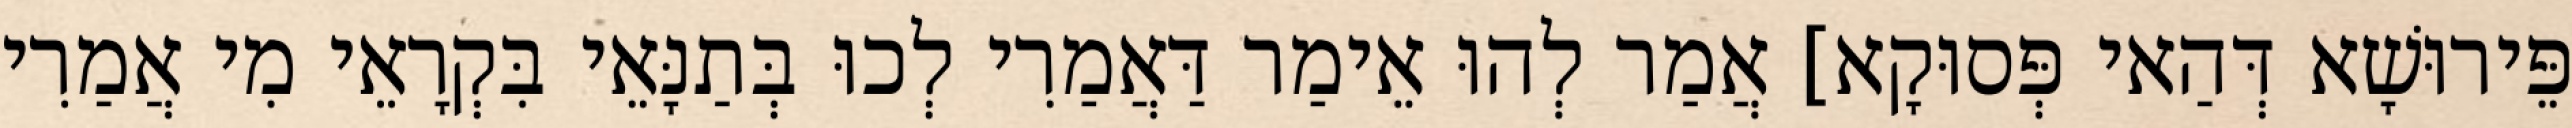
פֵּירוּשָׁא דְּהַאי פְּסוּקָא] אֲמַר לְהוּ אֵימַר דַּאֲמַרִי לְכוּ בְּתַנָּאֵי בִּקְרָאֵי מִי אֲמַרִי